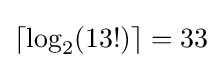
\left\lceil \log _{2}(13!)\right\rceil =33